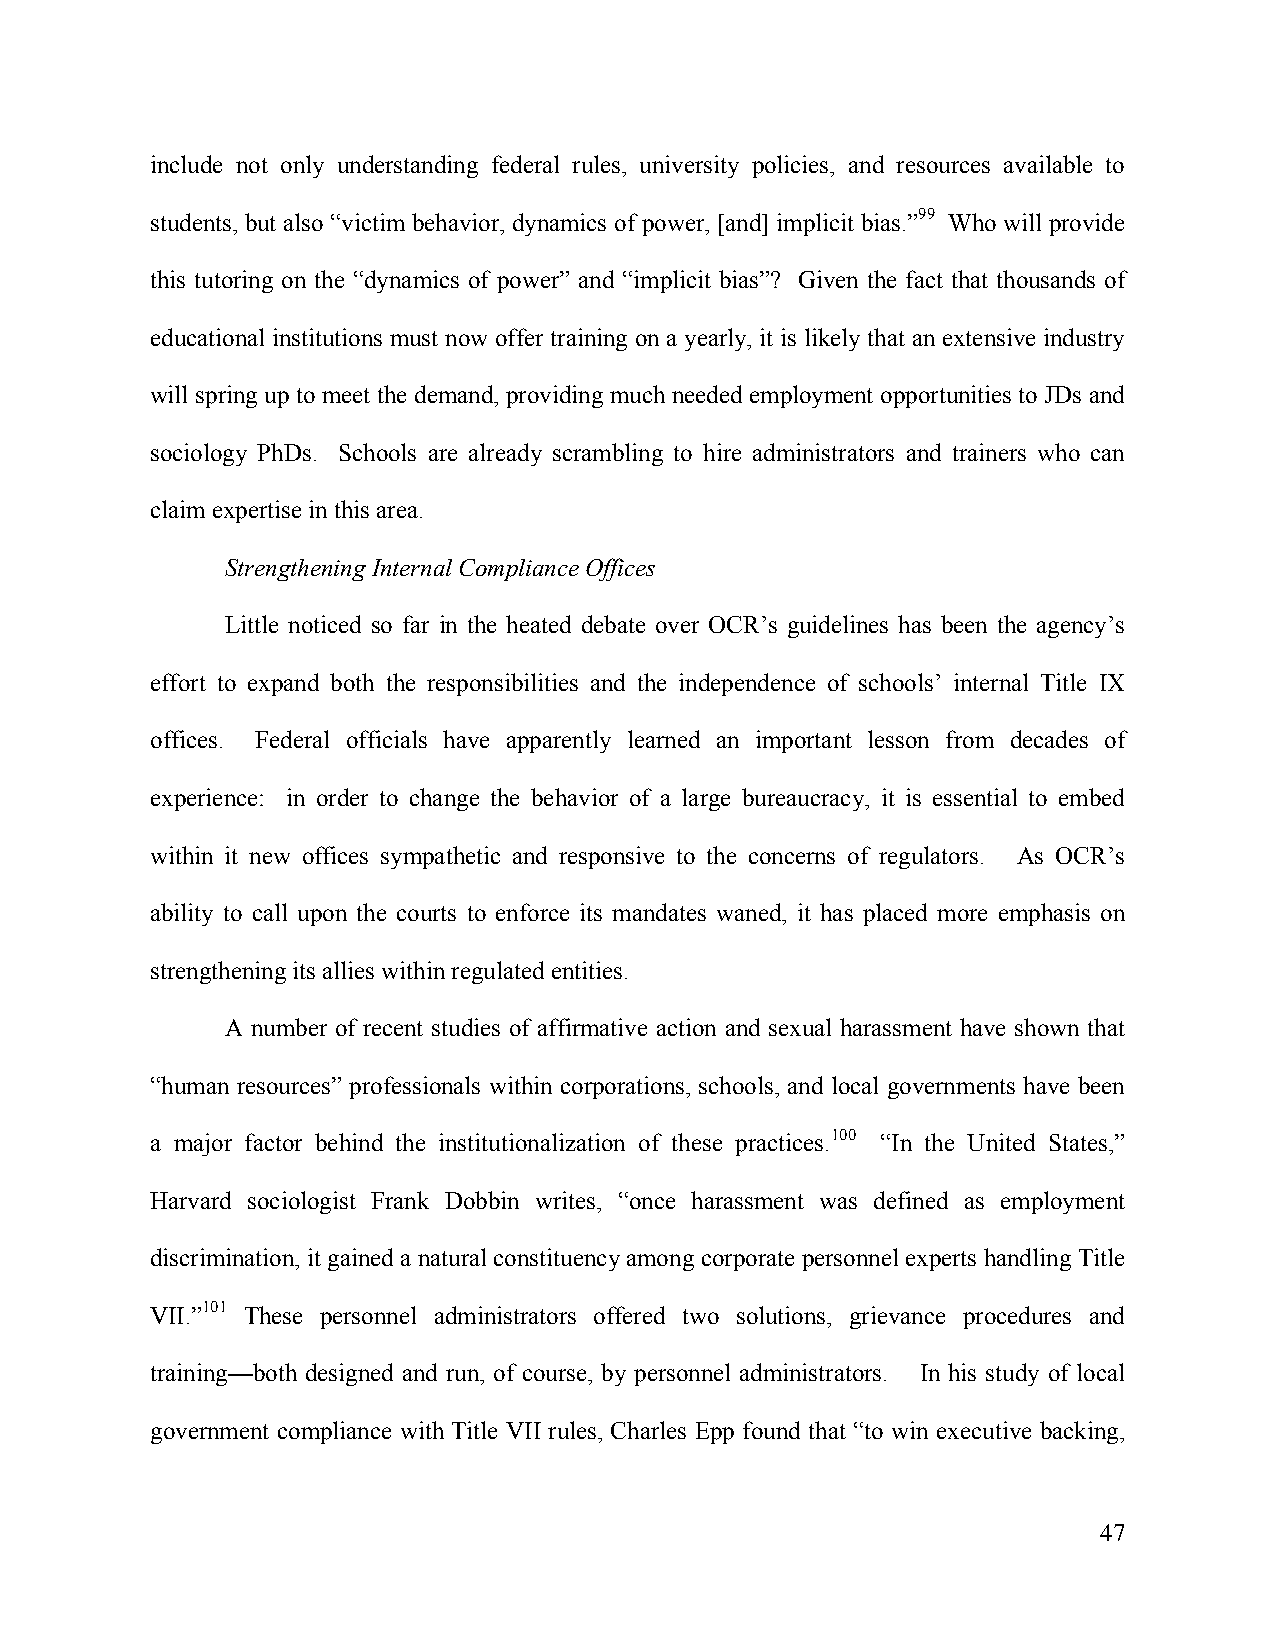
include not only understanding federal rules, university policies, and resources available to
 students, but also “victim behavior, dynamics of power, [and] implicit bias.”99 Who will provide
 this tutoring on the “dynamics of power” and “implicit bias”? Given the fact that thousands of
 educational institutions must now offer training on a yearly, it is likely that an extensive industry
 will spring up to meet the demand, providing much needed employment opportunities to JDs and
 sociology PhDs. Schools are already scrambling to hire administrators and trainers who can
 claim expertise in this area.
 Strengthening Internal Compliance Offices
 Little noticed so far in the heated debate over OCR’s guidelines has been the agency’s
 effort to expand both the responsibilities and the independence of schools’ internal Title IX
 offices. Federal officials have apparently learned an important lesson from decades of
 experience: in order to change the behavior of a large bureaucracy, it is essential to embed
 within it new offices sympathetic and responsive to the concerns of regulators. As OCR’s
 ability to call upon the courts to enforce its mandates waned, it has placed more emphasis on
 strengthening its allies within regulated entities.
 A number of recent studies of affirmative action and sexual harassment have shown that
 “human resources” professionals within corporations, schools, and local governments have been
 a major factor behind the institutionalization of these practices.100 “In the United States,”
 Harvard sociologist Frank Dobbin writes, “once harassment was defined as employment
 discrimination, it gained a natural constituency among corporate personnel experts handling Title
 VII.”101 These personnel administrators offered two solutions, grievance procedures and
 training—both designed and run, of course, by personnel administrators. In his study of local
 government compliance with Title VII rules, Charles Epp found that “to win executive backing,
 47